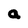
Character: a